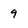
Character: 9